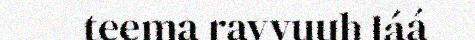
teema ravvuuh láá